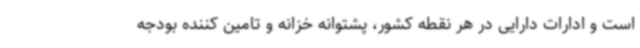
است و ادارات دارایی در هر نقطه کشور، پشتوانه خزانه و تامین کننده بودجه